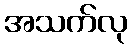
အသက်လု